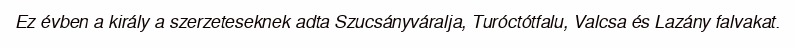
Ez évben a király a szerzeteseknek adta Szucsányváralja, Turóctótfalu, Valcsa és Lazány falvakat.